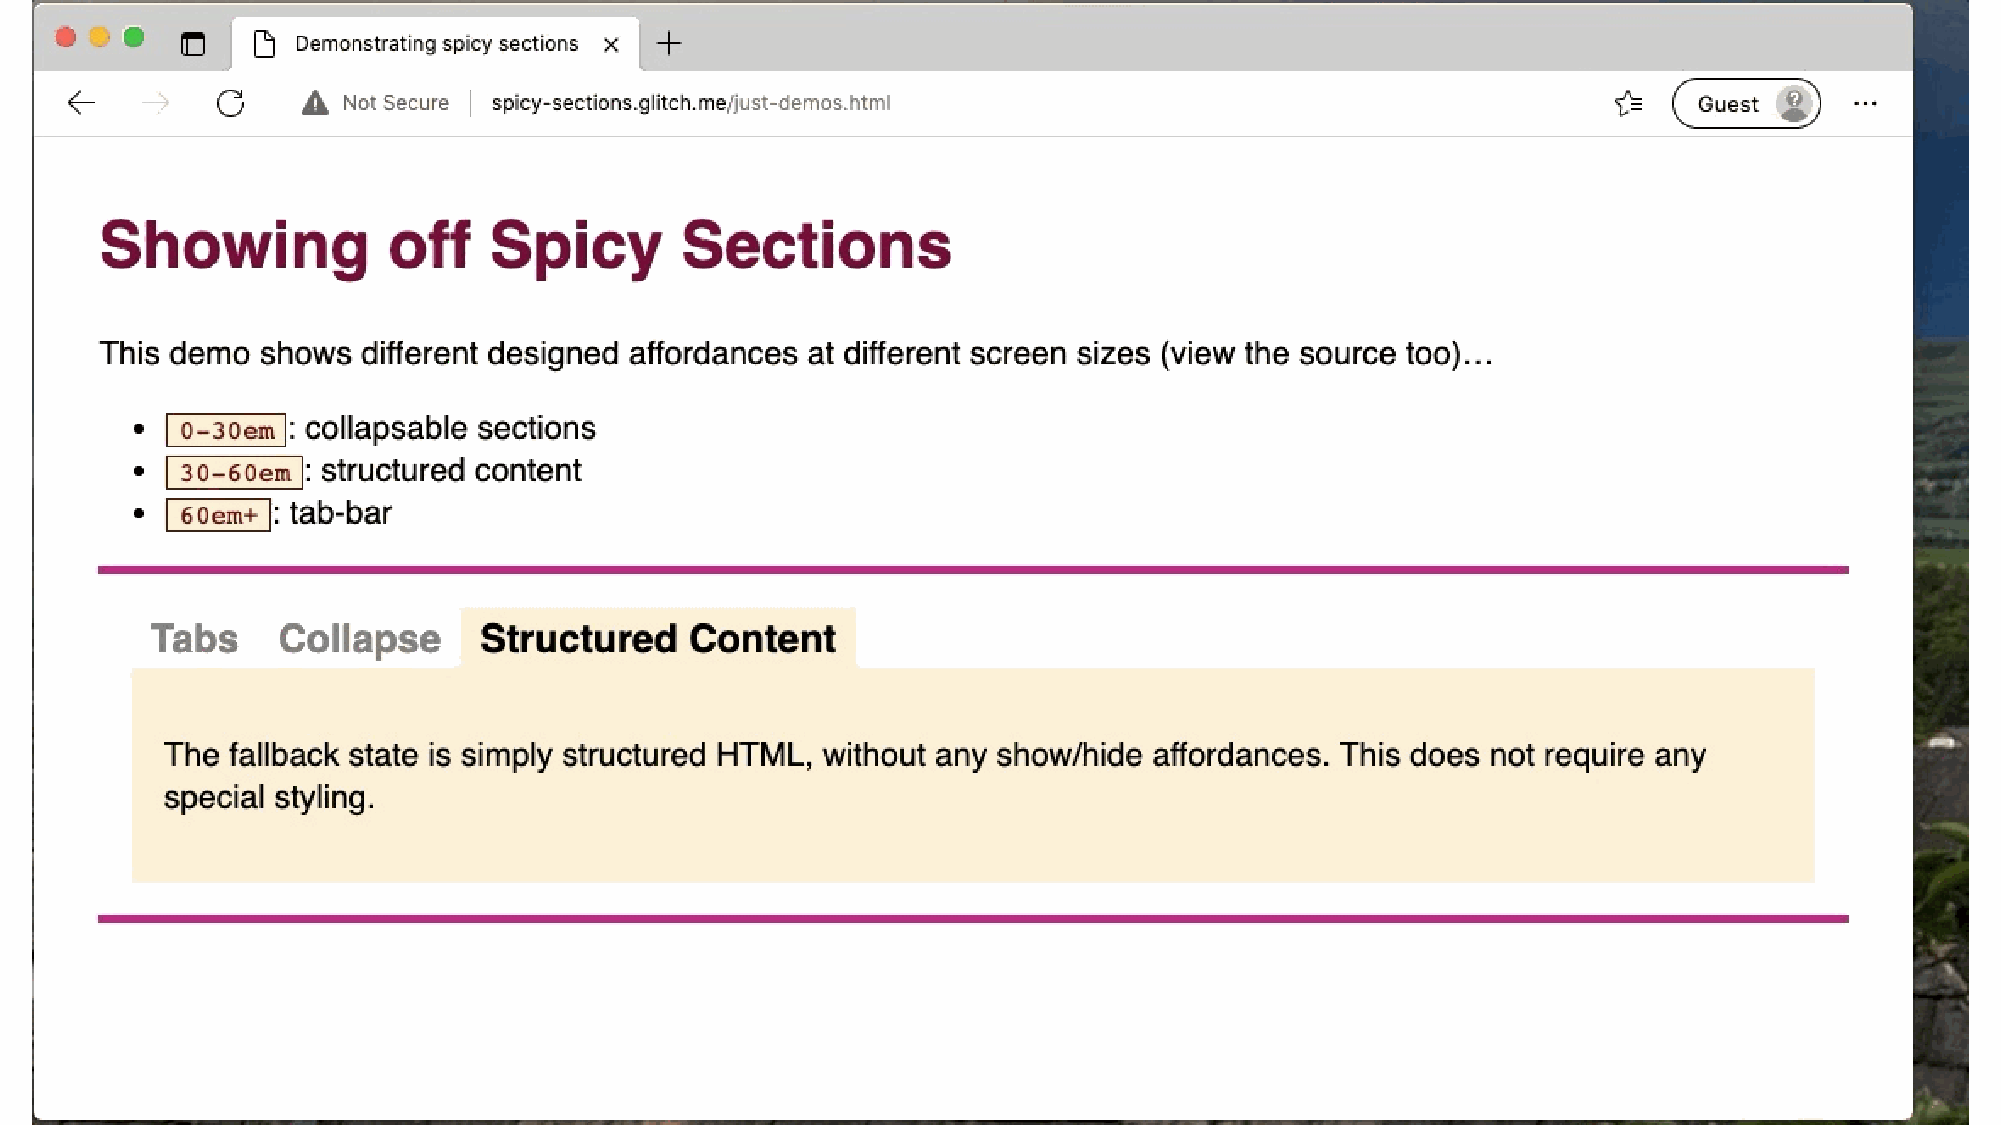
Other              elements                       in      the        works